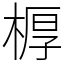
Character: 𣖔